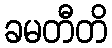
ခမတီတိ